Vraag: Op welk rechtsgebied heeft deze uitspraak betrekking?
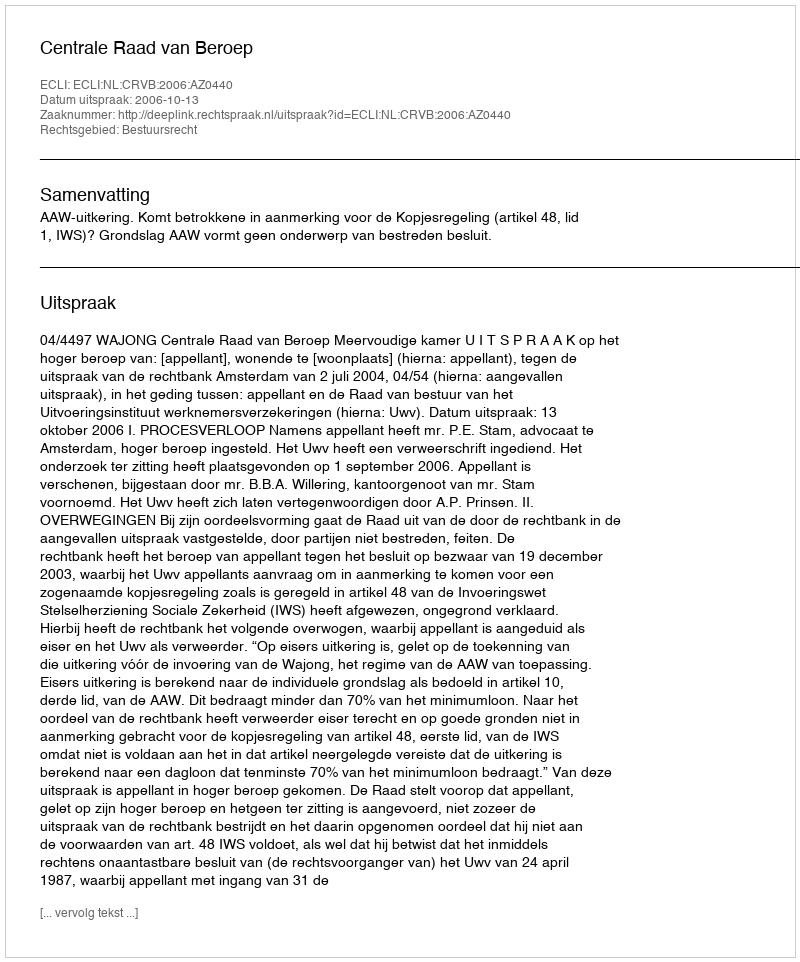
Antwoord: Bestuursrecht